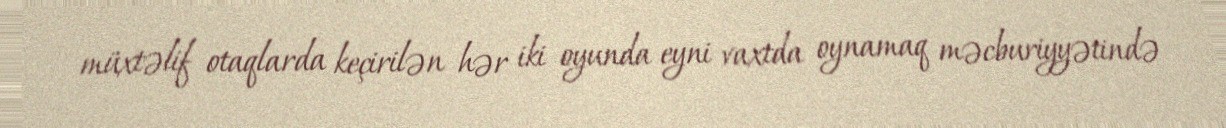
müxtəlif otaqlarda keçirilən hər iki oyunda eyni vaxtda oynamaq məcburiyyətində